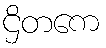
ဌိတကေ